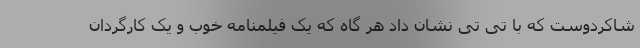
شاکردوست که با تی تی نشان داد هر گاه که یک فیلمنامه خوب و یک کارگردان